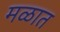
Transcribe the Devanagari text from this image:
मळात